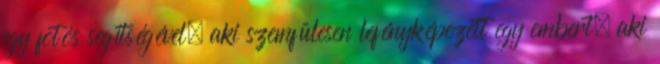
egy fotós segítségével, aki szemfülesen lefényképezett egy embert, aki